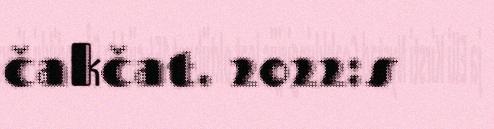
čakčat. 2022:s